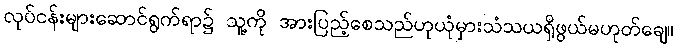
လုပ်ငန်းများဆောင်ရွက်ရာ၌ သူ့ကို အားပြည့်စေသည်ဟုယုံမှားသံသယရှိဖွယ်မဟုတ်ချေ။